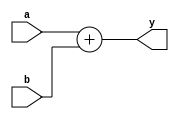
`timescale 1ns / 1ps
//////////////////////////////////////////////////////////////////////////////////
// Company: 
// Engineer: 
// 
// Design Name: 
// Module Name: adder
// Project Name: 
// Target Devices: 
// Tool Versions: 
// Description: 
// 
// Dependencies: 
// 
// Revision:
// Revision 0.01 - File Created
// Additional Comments:
// 
//////////////////////////////////////////////////////////////////////////////////


module adder(
	input wire[31:0] a,b,
	output wire[31:0] y
    );

	assign y = a + b;
endmodule